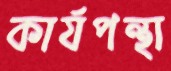
কার্যপন্থা